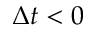
\Delta t < 0